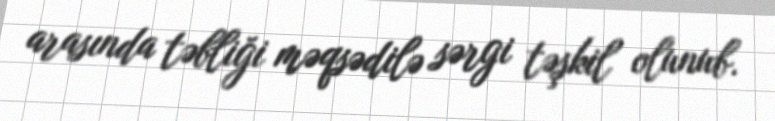
arasında təbliği məqsədilə sərgi təşkil olunub.